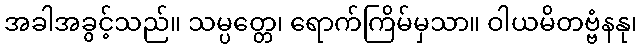
အခါအခွင့်သည်။ သမ္ပတ္တေ၊ ရောက်ကြိမ်မှသာ။ ဝါယမိတဗ္ဗံနနု၊